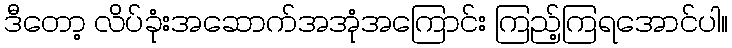
ဒီတော့ လိပ်ခုံးအဆောက်အအုံအကြောင်း ကြည့်ကြရအောင်ပါ။